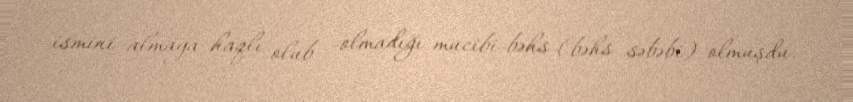
ismini almaya haqlı olub -olmadığı mucibi-bəhs (bəhs səbəbi) olmuşdu.